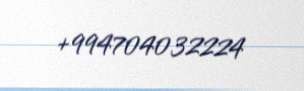
+994704032224